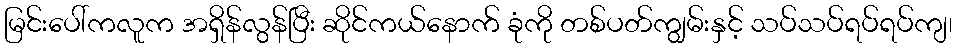
မြင်းပေါ်ကလူက အရှိန်လွန်ပြီး ဆိုင်ကယ်နောက် ခုံကို တစ်ပတ်ကျွမ်းနှင့် သပ်သပ်ရပ်ရပ်ကျ၊